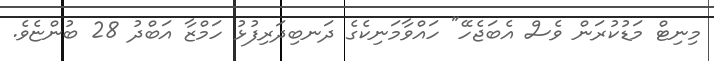
މިނިޓް މަޑުކުރަން ވެސް އެބަޖެހޭ" ހައްވާމަނިކެގެ ދަނބިދަރިފުޅު ހަމްޒާ އަބްދު 28 ބުންޏެވެ.